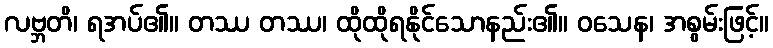
လဗ္ဘတိ၊ ရအပ်၏။ တဿ တဿ၊ ထိုထိုရနိုင်သောနည်း၏။ ဝသေန၊ အစွမ်းဖြင့်။